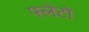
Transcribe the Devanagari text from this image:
फ्लेटो